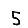
Digit: 5